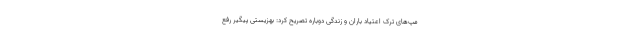
مپ‌های ترک اعتیاد باران و زندگی دوباره تصریح کرد: بهزیستی پیگیر رفع